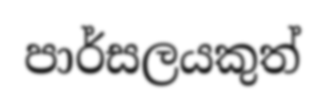
පාර්සලයකුත්